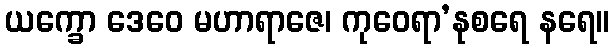
ယက္ခော ဒေဝေ မဟာရာဇေ၊ ကုဝေရာ’နုစရေ နရေ။